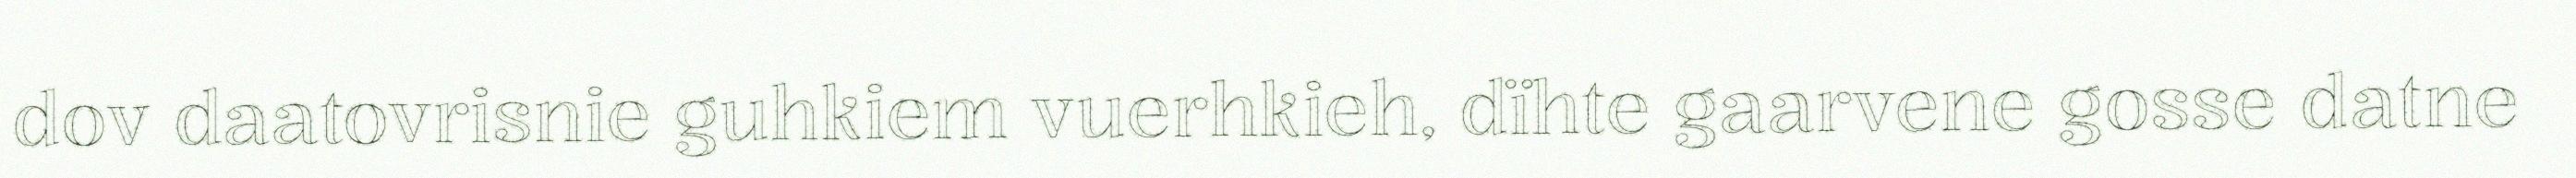
dov daatovrisnie guhkiem vuerhkieh, dïhte gaarvene gosse datne